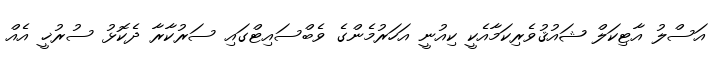
އަސްލު އާޓިކަލް ޝައުޤުވެރިކަމާއެކީ ކިއުނީ އަހަރުމެންގެ ވެބްސައިޓްގައި ސަރުކާރާ ދެކޮޅު ސުރުޚީ އެއް